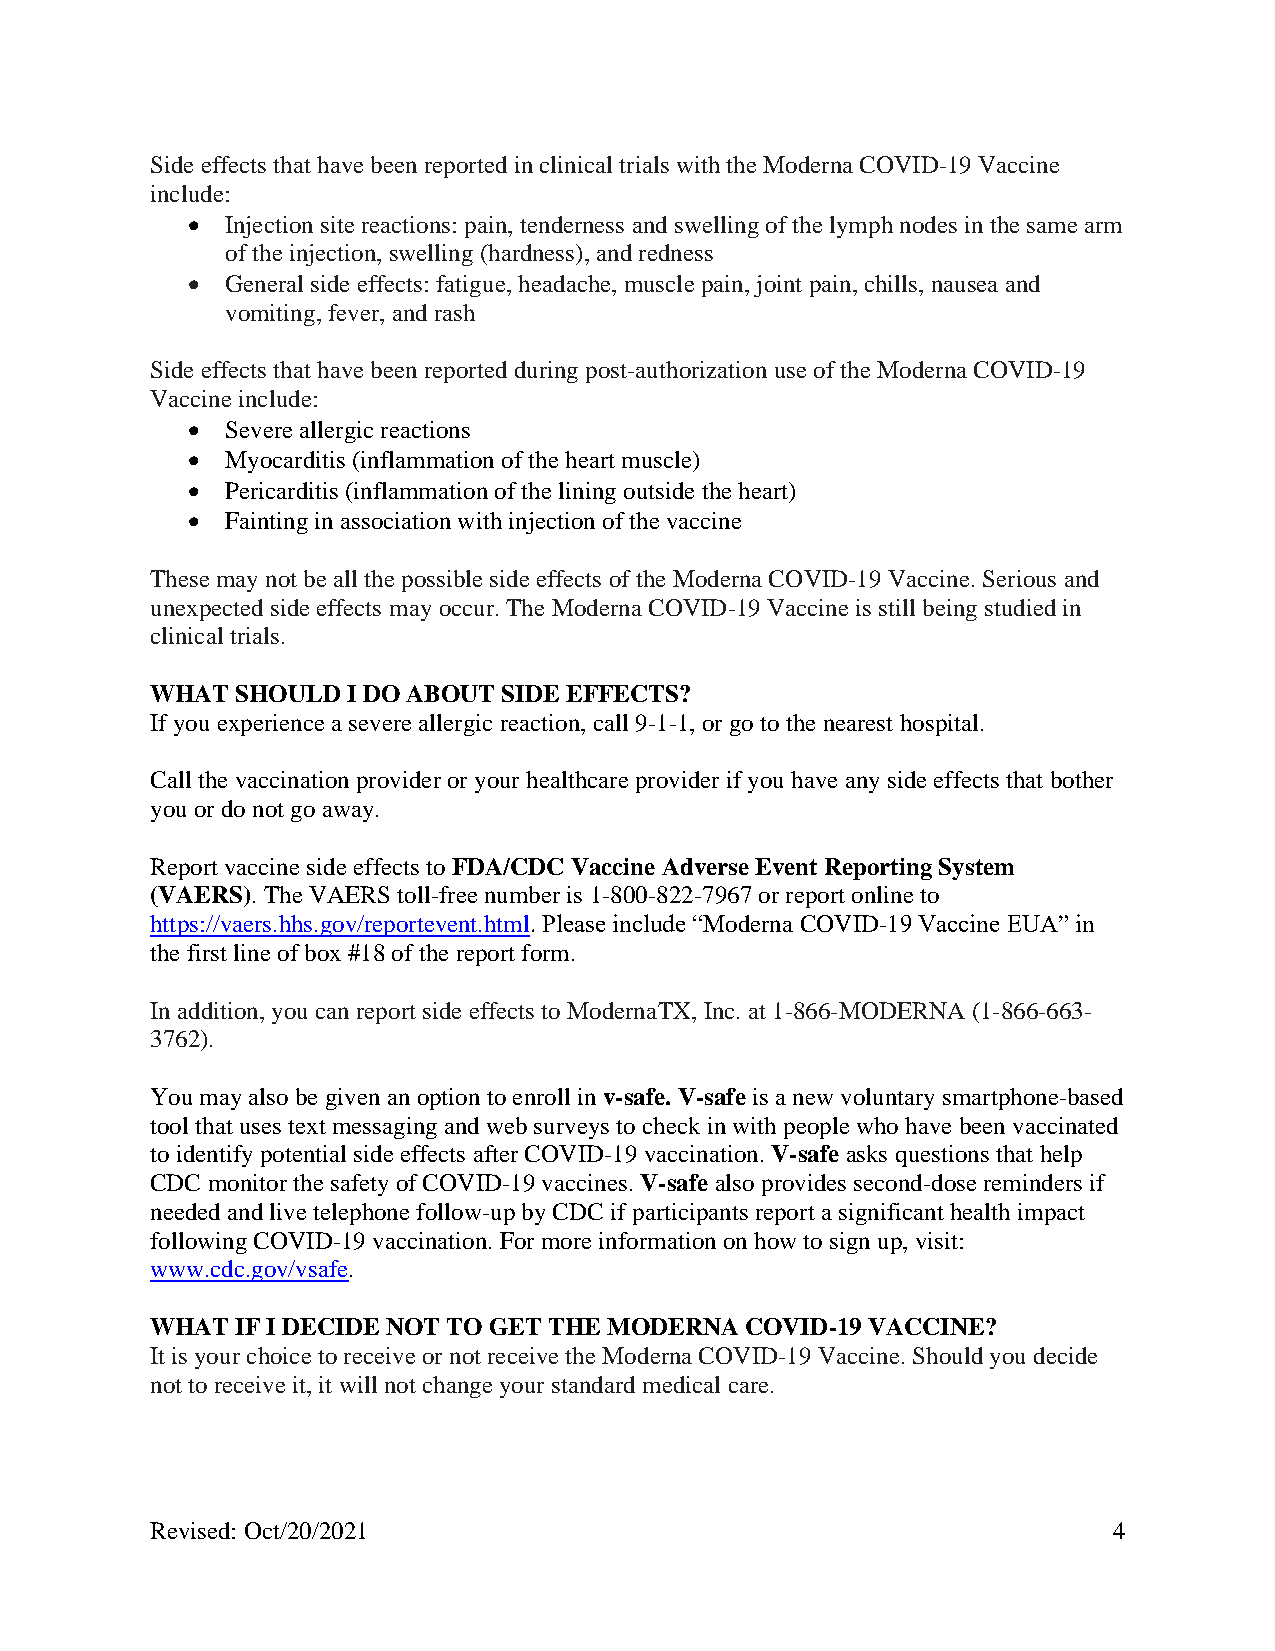
Side effects that have been reported in clinical trials with the Moderna COVID-19 Vaccine
 include:
 •  Injection site reactions: pain, tenderness and swelling of the lymph nodes in the same arm
 of the injection, swelling (hardness), and redness
 •  General side effects: fatigue, headache, muscle pain, joint pain, chills, nausea and
 vomiting, fever, and rash
 Side effects that have been reported during post-authorization use of the Moderna COVID-19
 Vaccine include:
 •  Severe allergic reactions
 •  Myocarditis (inflammation of the heart muscle)
 •  Pericarditis (inflammation of the lining outside the heart)
 •  Fainting in association with injection of the vaccine
 These may not be all the possible side effects of the Moderna COVID-19 Vaccine. Serious and
 unexpected side effects may occur. The Moderna COVID-19 Vaccine is still being studied in
 clinical trials.
 WHAT  SHOULD I DO ABOUT SIDE EFFECTS?
 If you experience a severe allergic reaction, call 9-1-1, or go to the nearest hospital.
 Call the vaccination provider or your healthcare provider if you have any side effects that bother
 you or do not go away.
 Report vaccine side effects to FDA/CDC Vaccine Adverse Event Reporting System
 (VAERS). The VAERS toll-free number is 1-800-822-7967 or report online to
 https://vaers.hhs.gov/reportevent.html. Please include “Moderna COVID-19 Vaccine EUA” in
 the first line of box #18 of the report form.
 In addition, you can report side effects to ModernaTX, Inc. at 1-866-MODERNA (1-866-663-
 3762).
 You may also be given an option to enroll in v-safe. V-safe is a new voluntary smartphone-based
 tool that uses text messaging and web surveys to check in with people who have been vaccinated
 to identify potential side effects after COVID-19 vaccination. V-safe asks questions that help
 CDC monitor the safety of COVID-19 vaccines. V-safe also provides second-dose reminders if
 needed and live telephone follow-up by CDC if participants report a significant health impact
 following COVID-19 vaccination. For more information on how to sign up, visit:
 www.cdc.gov/vsafe.
 WHAT  IF I DECIDE NOT TO GET THE MODERNA COVID-19 VACCINE?
 It is your choice to receive or not receive the Moderna COVID-19 Vaccine. Should you decide
 not to receive it, it will not change your standard medical care.
 Revised: Oct/20/2021                                            4